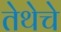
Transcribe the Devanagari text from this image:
तेथेचे